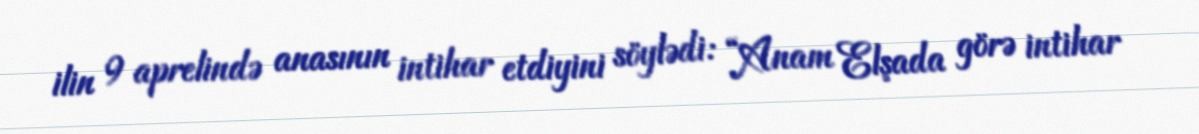
ilin 9 aprelində anasının intihar etdiyini söylədi: “Anam Elşada görə intihar